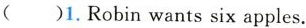
( )1.Robin wants six apples.